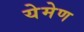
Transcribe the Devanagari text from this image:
येमेण